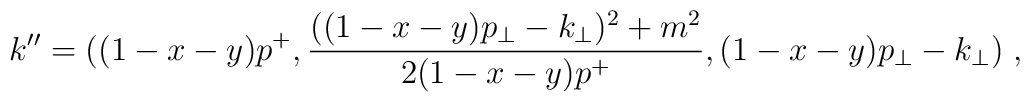
k^{\prime \prime}=((1-x-y)p^+,{{((1-x-y)p_{\perp} - k_{\perp})^2 + m^2} \over{2(1-x-y)p^+}},(1-x-y)p_\perp - k_\perp)\;,